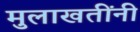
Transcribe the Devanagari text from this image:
मुलाखतींनी